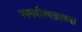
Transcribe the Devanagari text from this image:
परमवीरचक्राच्या